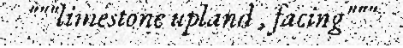
"""limestone upland , facing"""